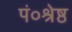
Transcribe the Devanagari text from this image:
पं०श्रेष्ठ